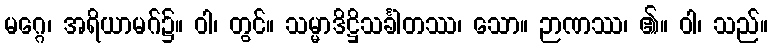
မဂ္ဂေ၊ အရိယာမဂ်၌။ ဝါ၊ တွင်။ သမ္မာဒိဋ္ဌိသင်္ခါတဿ၊ သော။ ဉာဏဿ၊ ၏။ ဝါ၊ သည်။